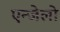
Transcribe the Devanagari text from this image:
एन्जेलो